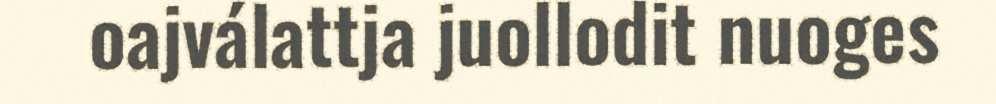
oajválattja juollodit nuoges